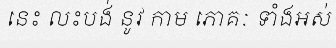
នេះ លះបង់ នូវ កាម ភោគៈ ទាំងអស់